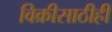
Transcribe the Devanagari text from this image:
विक्रीसाठीही